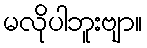
မလိုပါဘူးဗျာ။